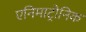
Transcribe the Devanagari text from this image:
एनिमाट्रोनिक